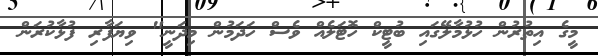
މީގެ އިތުރުން ހުޅުމާލޭގައި ބުޓީކް ހޮޓަލެއް ވެސް ހަދަމުން މިދަނީ" ވިޔަފާރި ފުޅާކުރަން